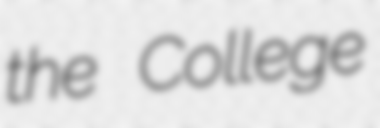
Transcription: the College